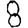
Digit: 8